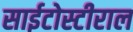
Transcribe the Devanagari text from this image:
साईटोस्टीराल